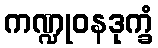
ကဏ္ဍုဝနဒုက္ခံ